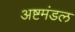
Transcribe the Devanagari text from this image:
अष्टमंडल